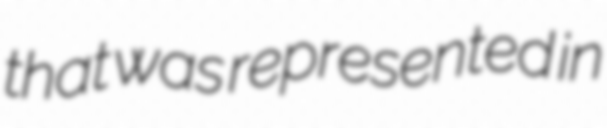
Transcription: that was represented in